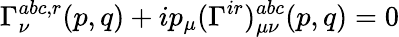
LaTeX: \Gamma_{\nu}^{abc,r}(p,q)+ip_{\mu}(\Gamma^{ir})_{\mu\nu}^{abc}(p,q)=0